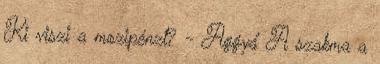
Ki viszi a mozipénzt? - Aggyá' A szakma a